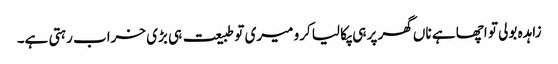
زاہدہ بولی تو اچھا ہے ناں گھر پر ہی پکا لیا کرو میری تو طبیعت ہی بڑی خراب رہتی ہے۔